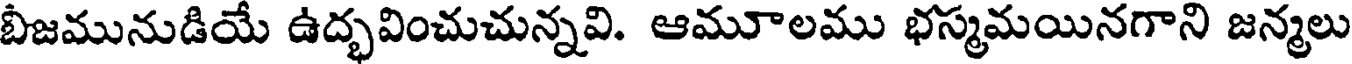
బీజమునుడియే ఉద్భవించుచున్నవి. ఆమూలము భస్మమయినగాని జన్మలు